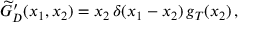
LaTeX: \widetilde { G } _ { D } ^ { \prime } ( x _ { 1 } , x _ { 2 } ) = x _ { 2 } \, \delta ( x _ { 1 } - x _ { 2 } ) \, g _ { T } ( x _ { 2 } ) \, ,